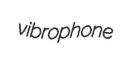
vibrophone